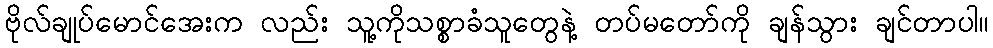
ဗိုလ်ချုပ်မောင်အေးက လည်း သူ့ကိုသစ္စာခံသူတွေနဲ့ တပ်မတော်ကို ချန်သွား ချင်တာပါ။